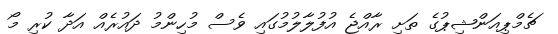
ޗެމްޕިއަންޝިޕުގެ ތަށި ރާއްޖެ އުފުލާލުމުގައި ވެސް މުހިންމު ދައުރެއް އަދާ ކުރި މޯ